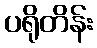
ပရိုတိန်း